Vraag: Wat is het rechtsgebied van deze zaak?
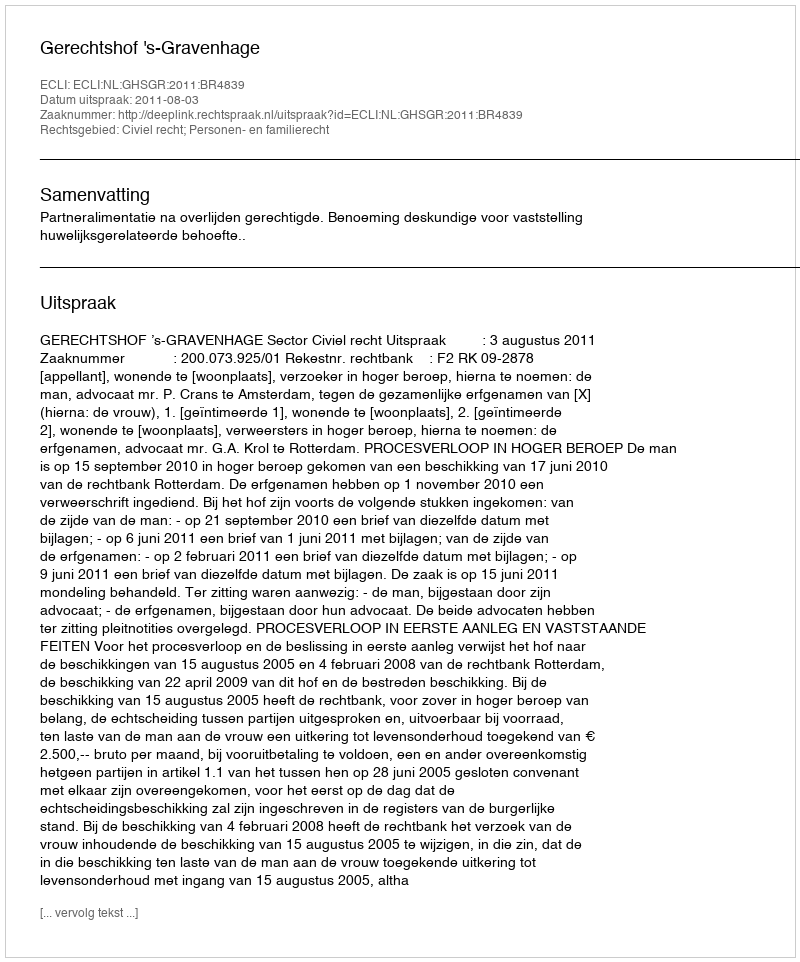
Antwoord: Civiel recht; Personen- en familierecht